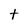
Character: t